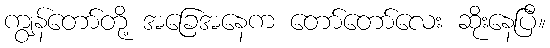
ကျွန်တော်တို့ အခြေအနေက တော်တော်လေး ဆိုးနေပြီ။